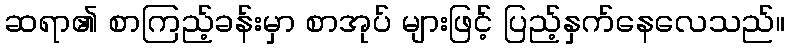
ဆရာ၏ စာကြည့်ခန်းမှာ စာအုပ် များဖြင့် ပြည့်နှက်နေလေသည်။